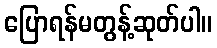
ပြောရန်မတွန့်ဆုတ်ပါ။